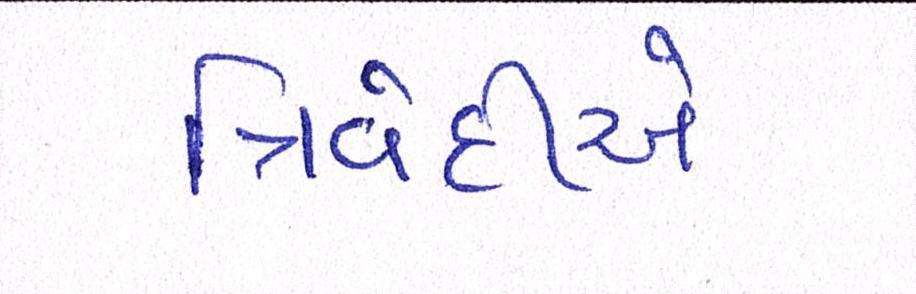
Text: ત્રિવેદીએ